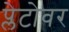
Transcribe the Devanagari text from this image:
प्लेटोवर